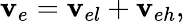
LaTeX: {\mathbf v}_{e}={\mathbf v}_{el}+{\mathbf v}_{eh},